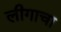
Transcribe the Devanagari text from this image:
लीगाचा